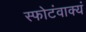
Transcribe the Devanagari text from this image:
स्फोटंवाक्यं